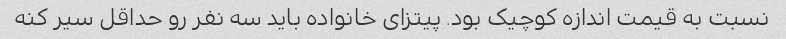
نسبت به قیمت اندازه کوچیک بود. پیتزای خانواده باید سه نفر رو حداقل سیر کنه